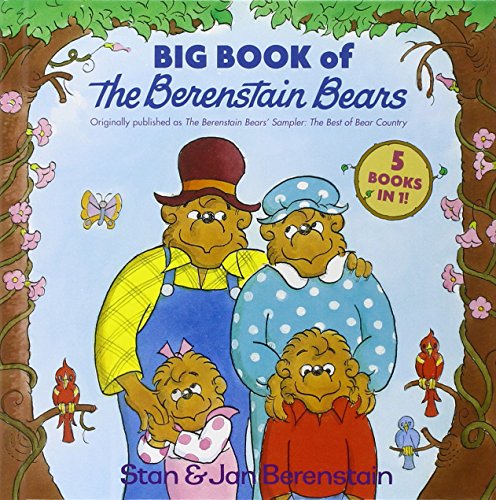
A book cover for Big Book of the Berenstain Bears; Stan Berenstain; Children's Books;